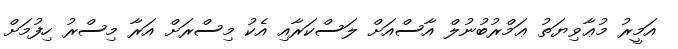
އަމީރު މުޢާވިޔަތު ޢަމްރުބުނުލް އާސްއަށް ލަސްކަރާއި އެކު މިސްރަށް އަރާ މިސްރު ހިފުމަށް